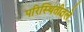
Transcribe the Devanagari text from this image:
परिस्थितीतले